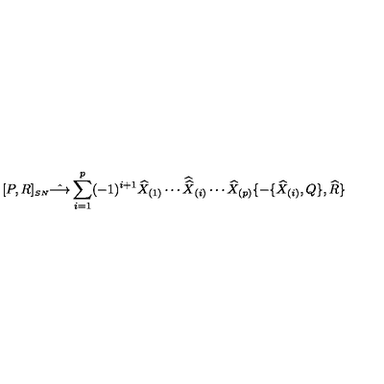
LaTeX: [ P , R ] _ { \scriptscriptstyle S N } \hat { \longrightarrow } \sum _ { i = 1 } ^ { p } ( - 1 ) ^ { i + 1 } \widehat { X } _ { ( 1 ) } \cdots { \widehat { \widehat X } } _ { ( i ) } \cdots \widehat { X } _ { ( p ) } \{ - \{ \widehat { X } _ { ( i ) } , Q \} , \widehat { R } \}